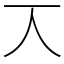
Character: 𠆣